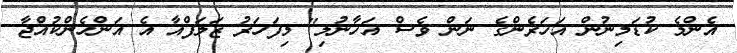
އެންމެ ކުޑަމިނުން އަހަރެންގެ ނަން ވެސް އަހާނުލި" މިފަހަރު ޒަލަފްއާ އެ އަންހެންކުއްޖާ